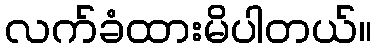
လက်ခံထားမိပါတယ်။